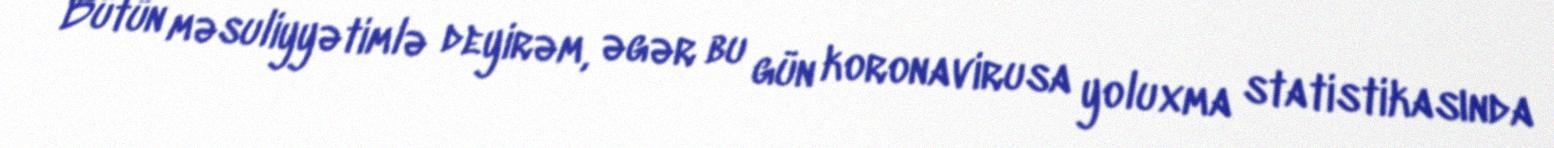
Bütün məsuliyyətimlə deyirəm, əgər bu gün koronavirusa yoluxma statistikasında